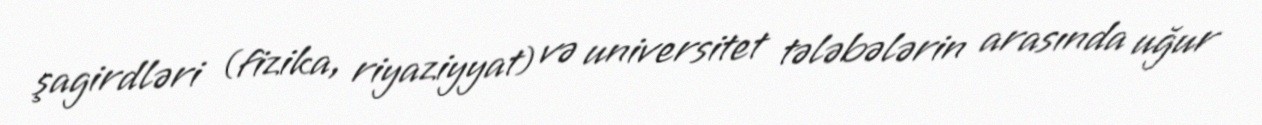
şagirdləri (fizika, riyaziyyat) və universitet tələbələrin arasında uğur